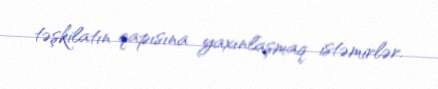
təşkilatın qapısına yaxınlaşmaq istəmirlər.